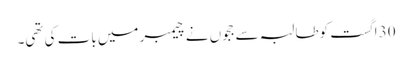
30 اگست کوطالبہ سے ججوں نے چیمبر میں بات کی تھی۔